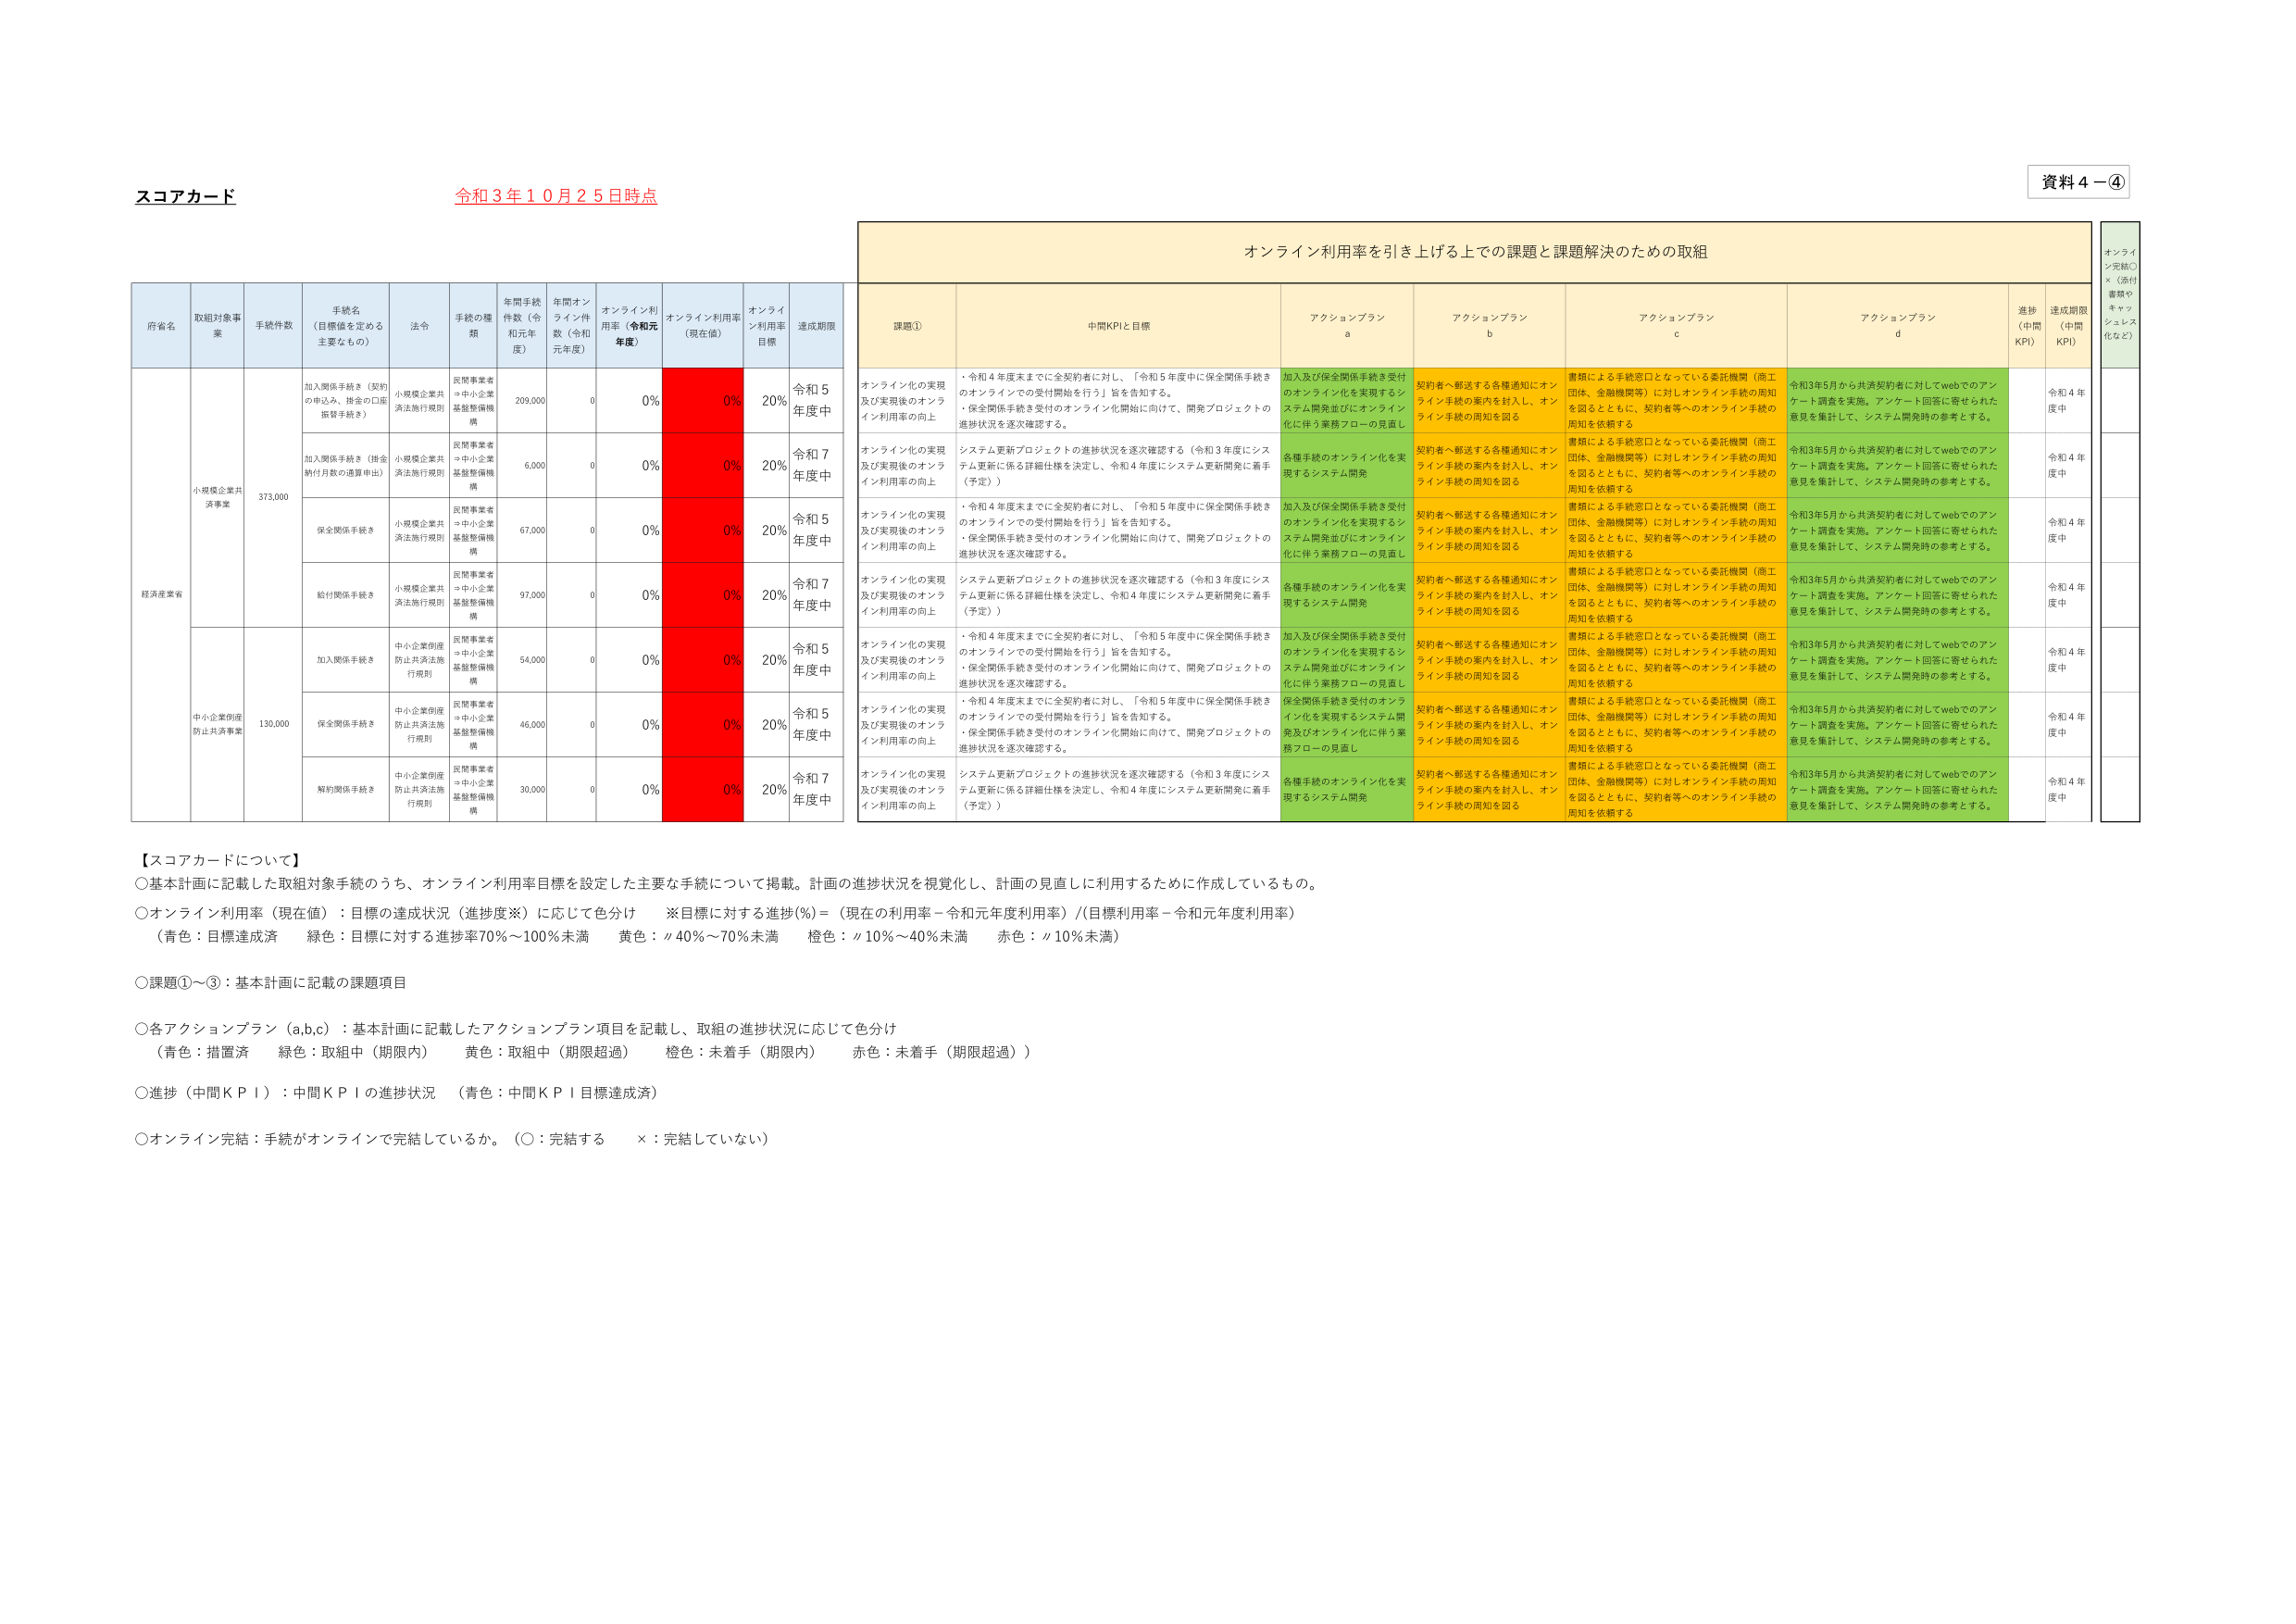
スコアカード
令和３年１０月２５日時点

資料４－④

オンライン利用率を引き上げる上での課題と課題解決のための取組

府省名
取組対象事業
手続件数
手続名（目標値を定める主要なもの）
法令
手続の種類
年間手続件数（令和元年度）
年間オンライン件数（令和元年度）
オンライン利用率（令和元年度）
オンライン利用率（現在値）
オンライン利用率目標
達成期限

経済産業省
小規模企業共済事業
373,000
加入関係手続き（契約の申込み、掛金の口座振替手続き）
小規模企業共済法施行規則
民間事業者⇒中小企業基盤整備機構
209,000
0
0%
0%
20%
令和５年度中

加入関係手続き（掛金納付月数の通算申出）
小規模企業共済法施行規則
民間事業者⇒中小企業基盤整備機構
6,000
0
0%
0%
20%
令和７年度中

保全関係手続き
小規模企業共済法施行規則
民間事業者⇒中小企業基盤整備機構
67,000
0
0%
0%
20%
令和５年度中

給付関係手続き
小規模企業共済法施行規則
民間事業者⇒中小企業基盤整備機構
97,000
0
0%
0%
20%
令和７年度中

中小企業倒産防止共済事業
130,000
加入関係手続き
中小企業倒産防止共済法施行規則
民間事業者⇒中小企業基盤整備機構
54,000
0
0%
0%
20%
令和５年度中

保全関係手続き
中小企業倒産防止共済法施行規則
民間事業者⇒中小企業基盤整備機構
46,000
0
0%
0%
20%
令和５年度中

解約関係手続き
中小企業倒産防止共済法施行規則
民間事業者⇒中小企業基盤整備機構
30,000
0
0%
0%
20%
令和７年度中

課題①
中間KPIと目標
アクションプラン a
アクションプラン b
アクションプラン c
アクションプラン d
進捗（中間KPI）
達成期限（中間KPI）
オンライン完結○×（添付書類やキャッシュレス化など）

オンライン化の実現及び実現後のオンライン利用率の向上
・令和４年度末までに全契約者に対し、「令和５年度中に保全関係手続きのオンラインでの受付開始を行う」旨を告知する。
・保全関係手続き受付のオンライン化開始に向けて、開発プロジェクトの進捗状況を逐次確認する。
加入及び保全関係手続き受付のオンライン化を実現するシステム開発並びにオンライン化に伴う業務フローの見直し
契約者へ郵送する各種通知にオンライン手続きの案内を封入し、オンライン手続きの周知を図る
書類による手続窓口となっている委託機関（商工団体、金融機関等）に対しオンライン手続の周知を図るとともに、契約者等へのオンライン手続の周知を依頼する
令和3年5月から共済契約者に対してwebでのアンケート調査を実施。アンケート回答に寄せられた意見を集計して、システム開発時の参考とする。
令和４年度中

オンライン化の実現及び実現後のオンライン利用率の向上
システム更新プロジェクトの進捗状況を逐次確認する（令和３年度にシステム更新に係る詳細仕様を決定し、令和４年度にシステム更新開発に着手（予定））
各種手続のオンライン化を実現するシステム開発
契約者へ郵送する各種通知にオンライン手続きの案内を封入し、オンライン手続きの周知を図る
書類による手続窓口となっている委託機関（商工団体、金融機関等）に対しオンライン手続の周知を図るとともに、契約者等へのオンライン手続の周知を依頼する
令和3年5月から共済契約者に対してwebでのアンケート調査を実施。アンケート回答に寄せられた意見を集計して、システム開発時の参考とする。
令和４年度中

オンライン化の実現及び実現後のオンライン利用率の向上
・令和４年度末までに全契約者に対し、「令和５年度中に保全関係手続きのオンラインでの受付開始を行う」旨を告知する。
・保全関係手続き受付のオンライン化開始に向けて、開発プロジェクトの進捗状況を逐次確認する。
加入及び保全関係手続き受付のオンライン化を実現するシステム開発並びにオンライン化に伴う業務フローの見直し
契約者へ郵送する各種通知にオンライン手続きの案内を封入し、オンライン手続きの周知を図る
書類による手続窓口となっている委託機関（商工団体、金融機関等）に対しオンライン手続の周知を図るとともに、契約者等へのオンライン手続の周知を依頼する
令和3年5月から共済契約者に対してwebでのアンケート調査を実施。アンケート回答に寄せられた意見を集計して、システム開発時の参考とする。
令和４年度中

オンライン化の実現及び実現後のオンライン利用率の向上
システム更新プロジェクトの進捗状況を逐次確認する（令和３年度にシステム更新に係る詳細仕様を決定し、令和４年度にシステム更新開発に着手（予定））
各種手続のオンライン化を実現するシステム開発
契約者へ郵送する各種通知にオンライン手続きの案内を封入し、オンライン手続きの周知を図る
書類による手続窓口となっている委託機関（商工団体、金融機関等）に対しオンライン手続の周知を図るとともに、契約者等へのオンライン手続の周知を依頼する
令和3年5月から共済契約者に対してwebでのアンケート調査を実施。アンケート回答に寄せられた意見を集計して、システム開発時の参考とする。
令和４年度中

オンライン化の実現及び実現後のオンライン利用率の向上
・令和４年度末までに全契約者に対し、「令和５年度中に保全関係手続きのオンラインでの受付開始を行う」旨を告知する。
・保全関係手続き受付のオンライン化開始に向けて、開発プロジェクトの進捗状況を逐次確認する。
加入及び保全関係手続き受付のオンライン化を実現するシステム開発並びにオンライン化に伴う業務フローの見直し
契約者へ郵送する各種通知にオンライン手続きの案内を封入し、オンライン手続きの周知を図る
書類による手続窓口となっている委託機関（商工団体、金融機関等）に対しオンライン手続の周知を図るとともに、契約者等へのオンライン手続の周知を依頼する
令和3年5月から共済契約者に対してwebでのアンケート調査を実施。アンケート回答に寄せられた意見を集計して、システム開発時の参考とする。
令和４年度中

オンライン化の実現及び実現後のオンライン利用率の向上
・令和４年度末までに全契約者に対し、「令和５年度中に保全関係手続きのオンラインでの受付開始を行う」旨を告知する。
・保全関係手続き受付のオンライン化開始に向けて、開発プロジェクトの進捗状況を逐次確認する。
保全関係手続き受付のオンライン化を実現するシステム開発及びオンライン化に伴う業務フローの見直し
契約者へ郵送する各種通知にオンライン手続きの案内を封入し、オンライン手続きの周知を図る
書類による手続窓口となっている委託機関（商工団体、金融機関等）に対しオンライン手続の周知を図るとともに、契約者等へのオンライン手続の周知を依頼する
令和3年5月から共済契約者に対してwebでのアンケート調査を実施。アンケート回答に寄せられた意見を集計して、システム開発時の参考とする。
令和４年度中

オンライン化の実現及び実現後のオンライン利用率の向上
システム更新プロジェクトの進捗状況を逐次確認する（令和３年度にシステム更新に係る詳細仕様を決定し、令和４年度にシステム更新開発に着手（予定））
各種手続のオンライン化を実現するシステム開発
契約者へ郵送する各種通知にオンライン手続きの案内を封入し、オンライン手続きの周知を図る
書類による手続窓口となっている委託機関（商工団体、金融機関等）に対しオンライン手続の周知を図るとともに、契約者等へのオンライン手続の周知を依頼する
令和3年5月から共済契約者に対してwebでのアンケート調査を実施。アンケート回答に寄せられた意見を集計して、システム開発時の参考とする。
令和４年度中

【スコアカードについて】
○基本計画に記載した取組対象手続のうち、オンライン利用率目標を設定した主要な手続について掲載。計画の進捗状況を視覚化し、計画の見直しに利用するために作成しているもの。
○オンライン利用率（現在値）：目標の達成状況（進捗度※）に応じて色分け
※目標に対する進捗(%)＝（現在の利用率－令和元年度利用率）/（目標利用率－令和元年度利用率）
（青色：目標達成済　緑色：目標に対する進捗率70%～100%未満　黄色：〃40%～70%未満　橙色：〃10%～40%未満　赤色：〃10%未満）
○課題①～③：基本計画に記載の課題項目
○各アクションプラン（a,b,c）：基本計画に記載したアクションプラン項目を記載し、取組の進捗状況に応じて色分け
（青色：措置済　緑色：取組中（期限内）　黄色：取組中（期限超過）　橙色：未着手（期限内）　赤色：未着手（期限超過））
○進捗（中間KPI）：中間KPIの進捗状況　（青色：中間KPI目標達成済）
○オンライン完結：手続がオンラインで完結しているか。（○：完結する　×：完結していない）